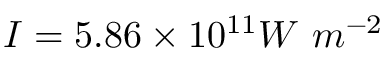
I = 5 . 8 6 \times 1 0 ^ { 1 1 } W \ m ^ { - 2 }